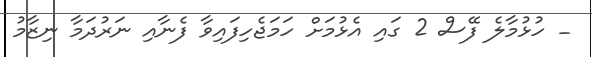
_ ހުޅުމާލެ ފޭސް 2 ގައި އެޅުމަށް ހަމަޖެހިފައިވާ ފެނާއި ނަރުދަމާ ނިޒާމު